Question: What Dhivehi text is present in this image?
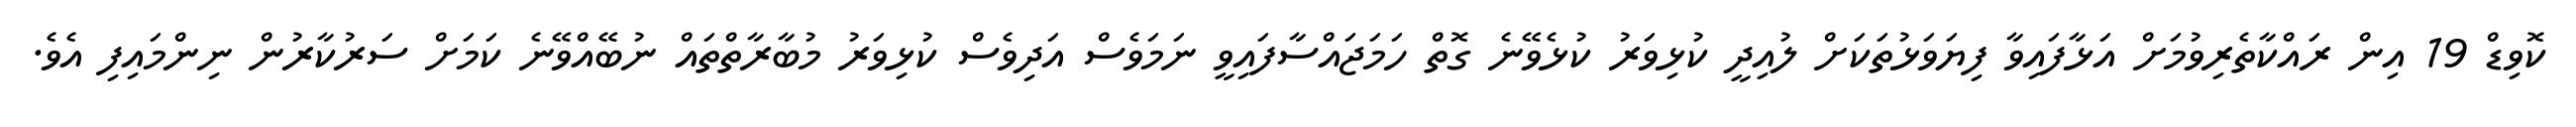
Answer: ކޮވިޑް 19 އިން ރައްކާތެރިވުމަށް އަޅާފައިވާ ފިޔަވަޅުތަކަށް ލުއިދީ ކުޅިވަރު ކުޅެވޭނެ ގޮތް ހަމަޖައްސާފައިވީ ނަމަވެސް އަދިވެސް ކުޅިވަރު މުބާރާތްތައް ނުބޭއްވޭނެ ކަމަށް ސަރުކާރުން ނިންމައިފި އެވެ.